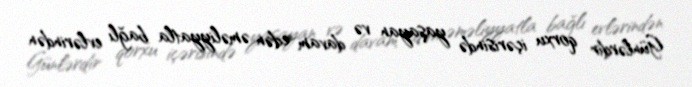
Günlərdir qorxu içərisində yaşayan və davam edən əməliyyatla bağlı evlərindən